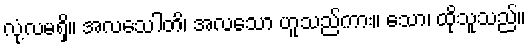
လုံ့လမရှိ။ အလသေါတိ၊ အလသော ဟူသည်ကား။ သော၊ ထိုသူသည်။